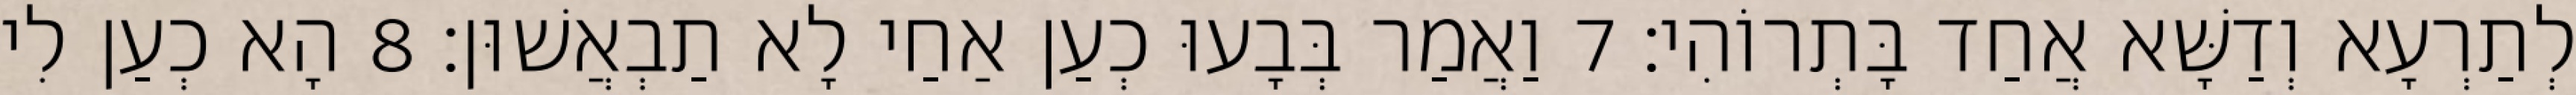
לְתַרְעָא וְדַשָּׁא אֲחַד בָּתְרוֹהִי׃ 7 וַאֲמַר בְּבָעוּ כְעַן אַחַי לָא תַבְאֲשׁוּן׃ 8 הָא כְעַן לִי